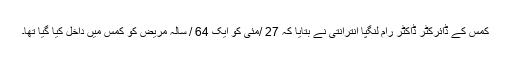
کمس کے ڈائرکٹر ڈاکٹر رام لنگپا انترانتی نے بتایا کہ 27 /مئی کو ایک 64 / سالہ مریض کو کمس میں داخل کیا گیا تھا۔